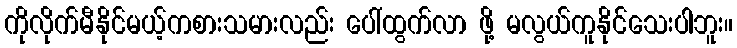
ကိုလိုက်မီနိုင်မယ့်ကစားသမားလည်း ပေါ်ထွက်လာ ဖို့ မလွယ်ကူနိုင်သေးပါဘူး။